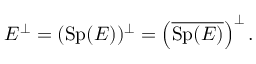
E ^ { \perp } = ( \operatorname { S p } ( E ) ) ^ { \perp } = \left( { \overline { { \operatorname { S p } ( E ) } } } \right) ^ { \perp } .